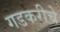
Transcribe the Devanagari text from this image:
गडकरीचे